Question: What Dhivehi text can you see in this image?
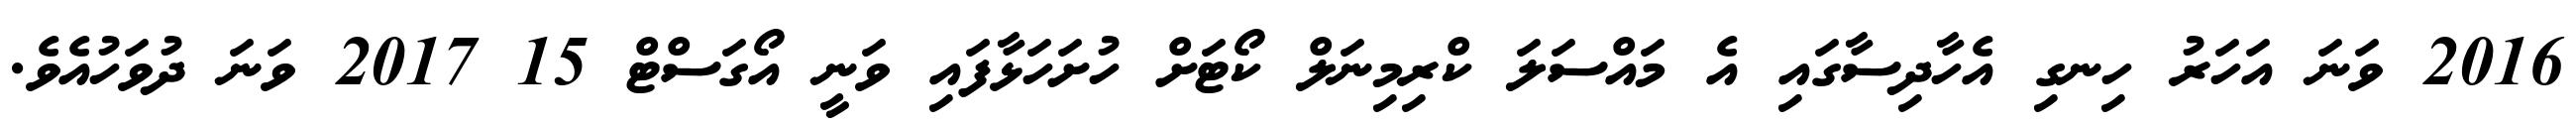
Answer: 2016 ވަނަ އަހަރު ހިނގި އެހާދިސާގައި އެ މައްސަލަ ކްރިމިނަލް ކޯޓަށް ހުށަހަޅާފައި ވަނީ އޯގަސްޓް 15 2017 ވަނަ ދުވަހުއެވެ.